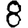
Digit: 8